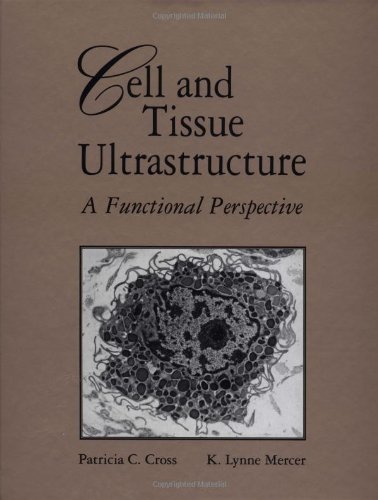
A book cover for Cell and Tissue Ultrastructure:  A Functional Perspective; Patricia C. Cross; Medical Books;